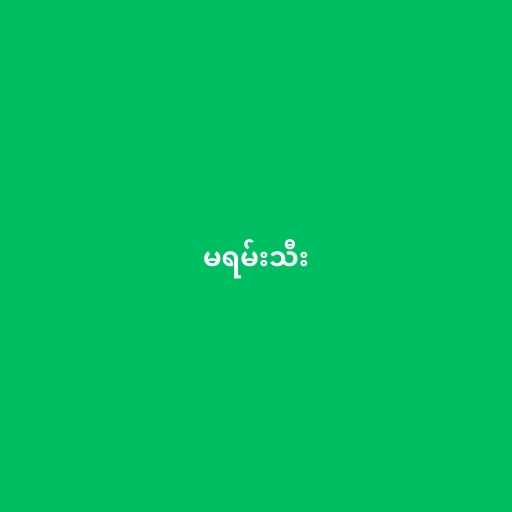
မရမ်းသီး